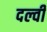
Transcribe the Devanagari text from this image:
दल्वी